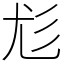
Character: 尨